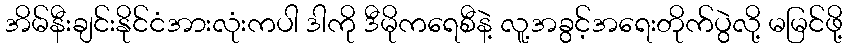
အိမ်နီးချင်းနိုင်ငံအားလုံးကပါ ဒါကို ဒီမိုကရေစီနဲ့ လူ့အခွင့်အရေးတိုက်ပွဲလို့ မမြင်ဖို့